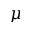
\mu